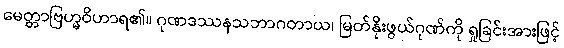
မေတ္တာဗြဟ္မဝိဟာရ၏။ ဂုဏဒဿနသဘာဂတာယ၊ မြတ်နိုးဖွယ်ဂုဏ်ကို ရှုခြင်းအားဖြင့်